Lunatic asylums Central Provinces reports 1895-1909 - 1895-1909
Year: 1895
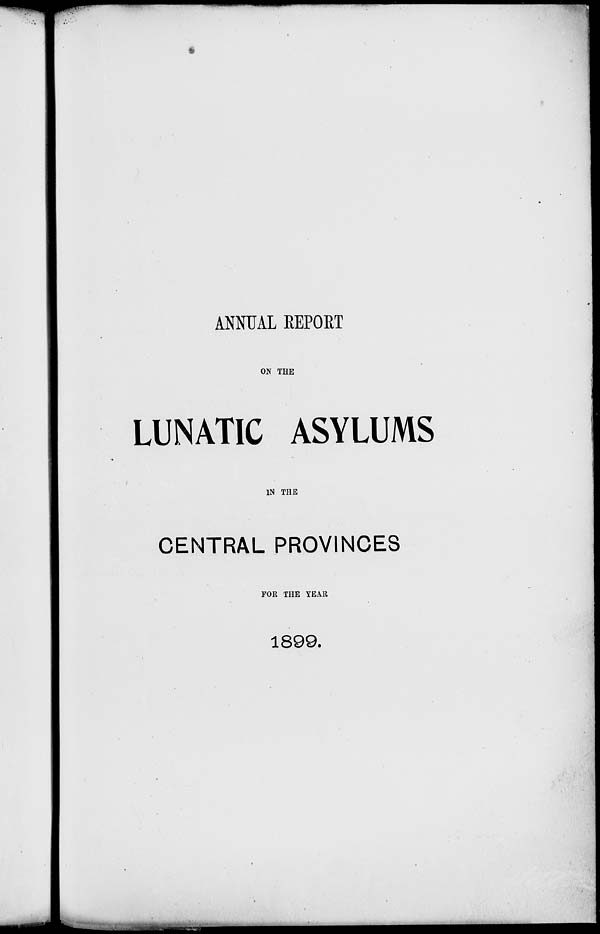
ANNUAL REPORT
ON THE
LUNATIC ASYLUMS
IN THE
CENTRAL PROVINCES
FOR THE YEAR
1899.